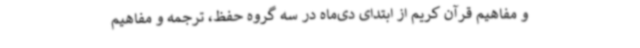
و مفاهیم قرآن کریم از ابتدای دی‌ماه در سه گروه حفظ، ترجمه و مفاهیم